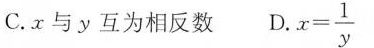
C.x与y互为相反数 D. $$x = \frac { 1 } { y }$$